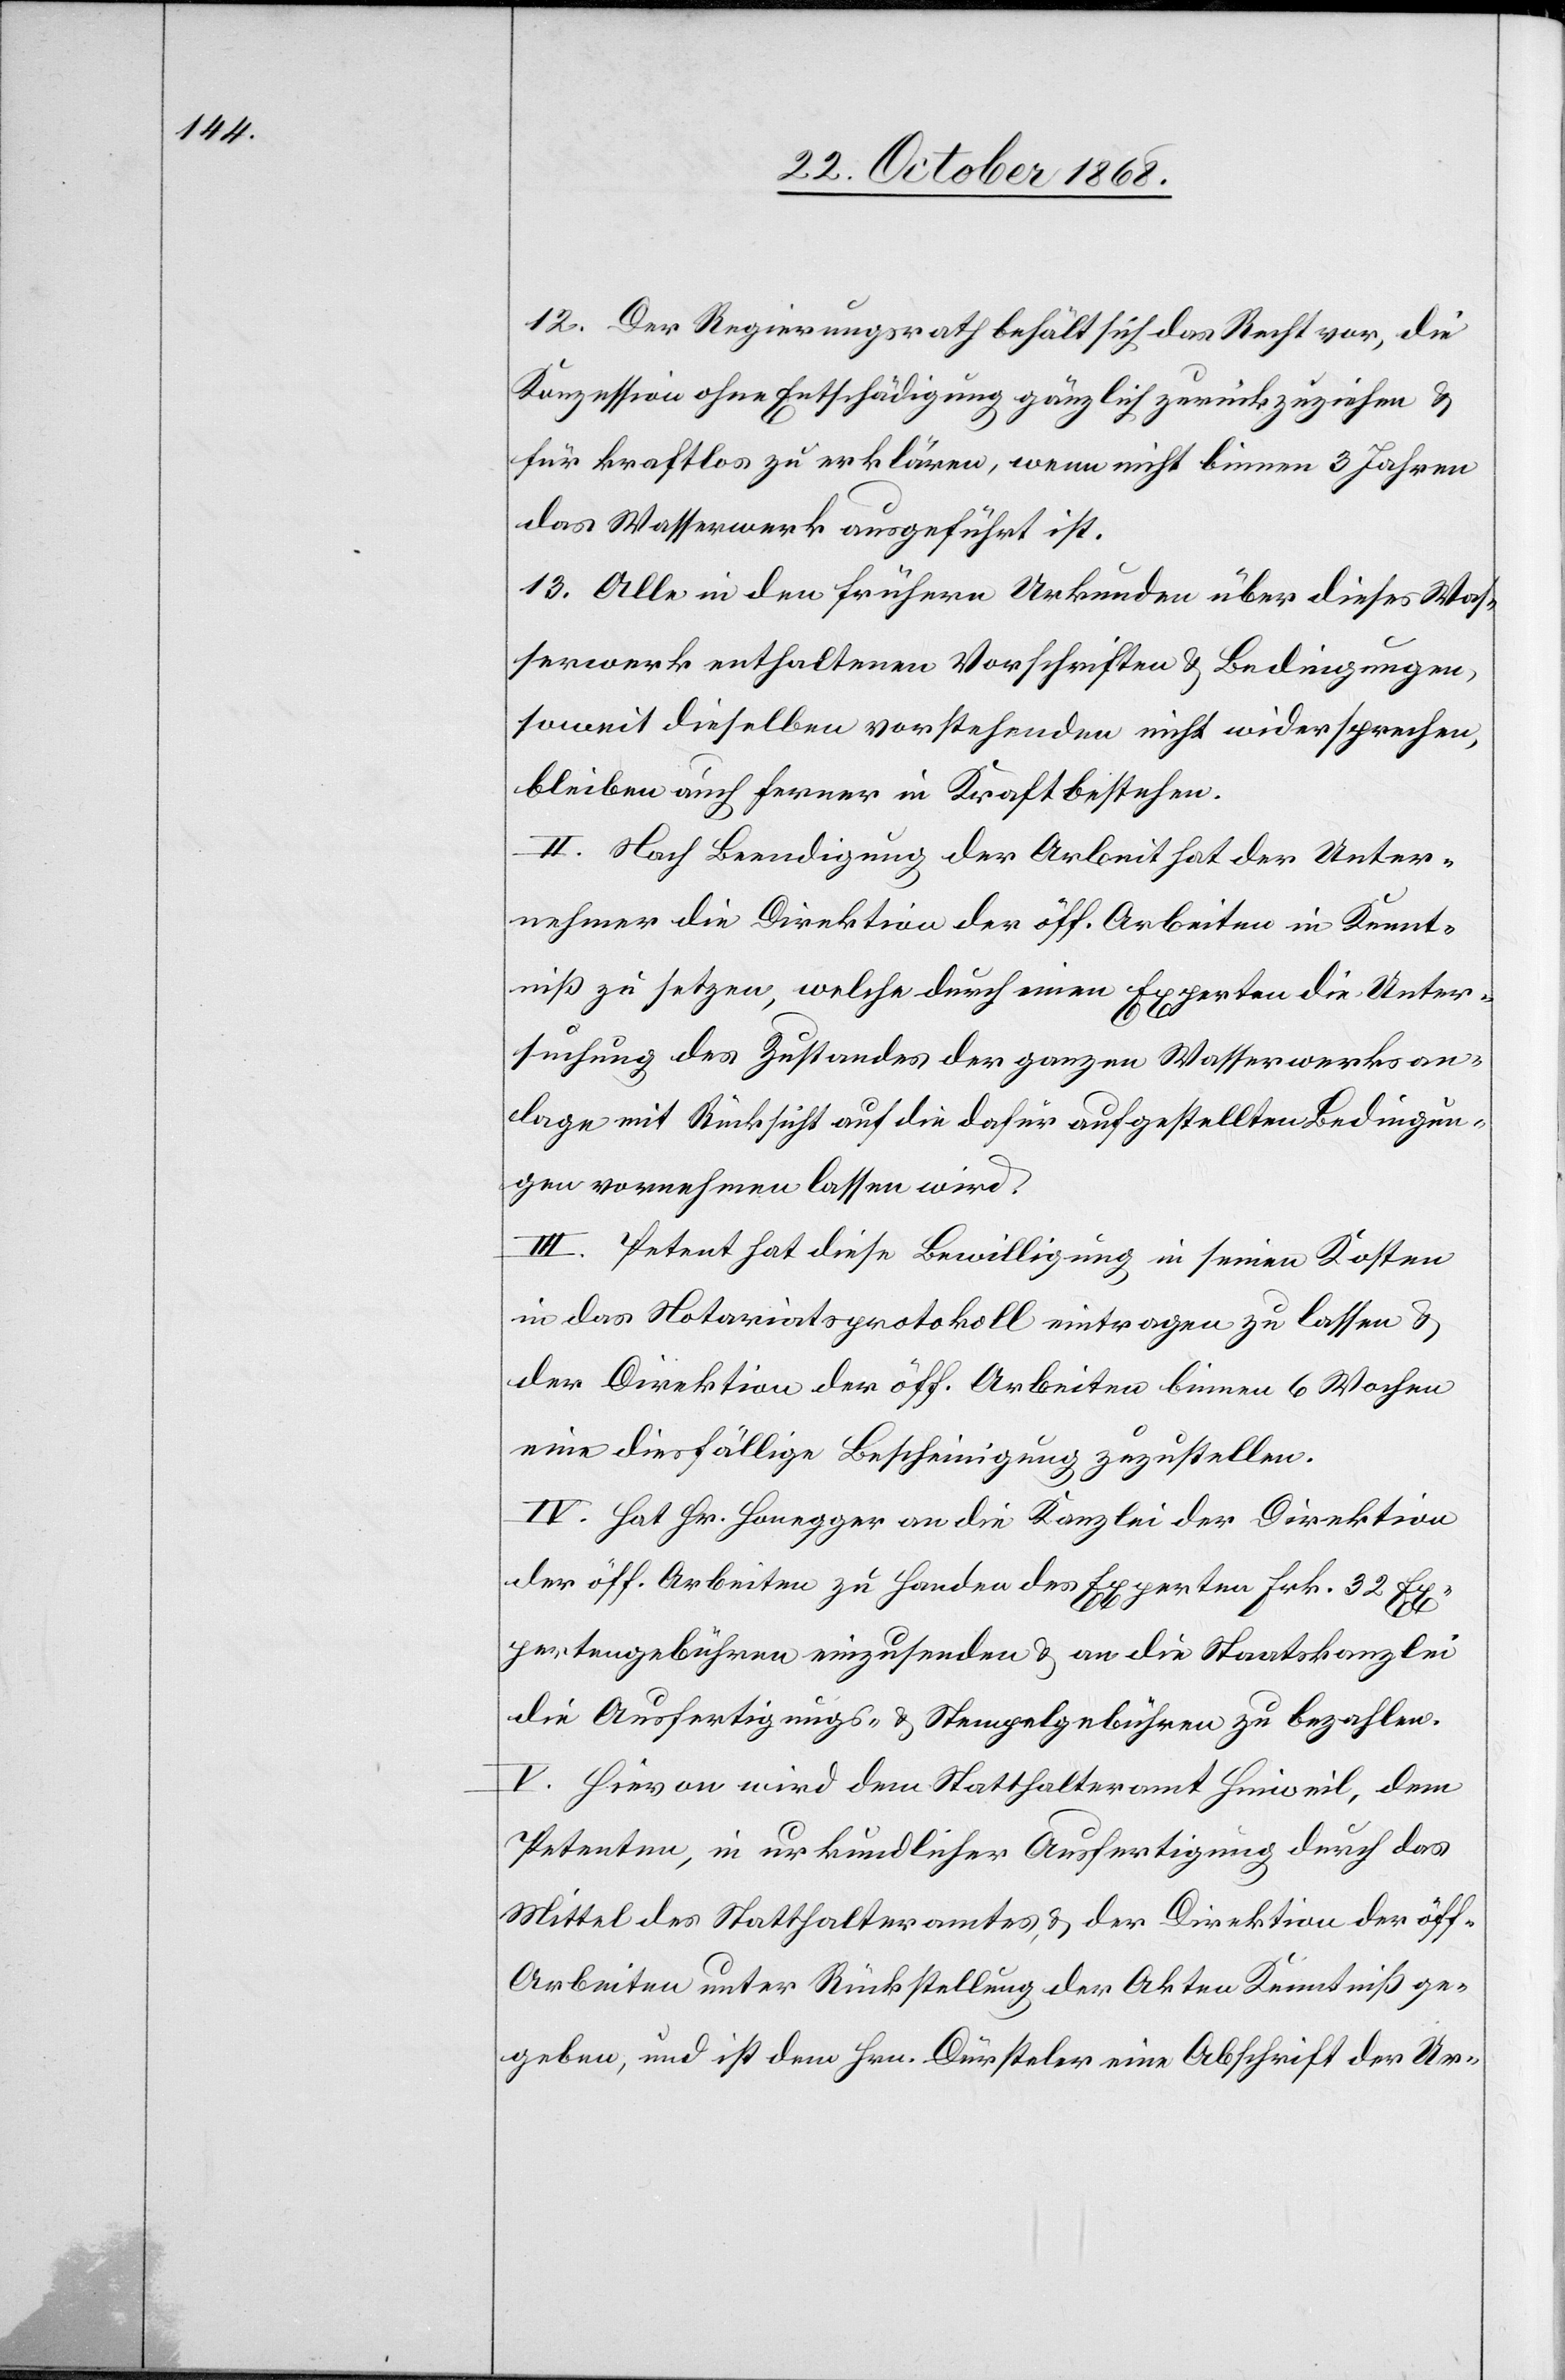
12. Der Regierungsrath behält sich das Recht vor, die
Konzession ohne Entschädigung gänzlich zurückzuziehen &
für kraftlos zu erklären, wenn nicht binnen 3 Jahren
das Wasserwerk ausgeführt ist.
13. Alle in den frühern Urkunden über dieses Was¬
serwerk enthaltenen Vorschriften & Bedingungen,
soweit dieselben vorstehenden nicht widersprechen,
bleiben auch ferner in Kraft bestehen.
II. Nach Beendigung der Arbeit hat der Unter¬
nehmer die Direktion der öff. Arbeiten in Kennt¬
niß zu setzen, welche durch einen Experten die Unter¬
suchung des Zustandes der ganzen Wasserwerksan¬
lage mit Rücksicht auf die dafür aufgestellten Bedingun¬
gen vornehmen lassen wird.
III. Petent hat diese Bewilligung in seinen Kosten
in das Notariatsprotokoll eintragen zu lassen &
der Direktion der öff. Arbeiten binnen 6 Wochen
eine diesfällige Bescheinigung zuzustellen.
IV. Hat Hr. Honegger an die Kanzlei der Direktion
der öff. Arbeiten zu Handen des Experten Frk. 32 Ex¬
pertengebühren einzusenden & an die Staatskanzlei
die Ausfertigungs- & Stempelgebühren zu bezahlen.
V. Hievon wird dem Statthalteramt Hinweil, dem
Petenten, in urkundlicher Ausfertigung durch das
Mittel des Statthalteramtes, & der Direktion der öff.
Arbeiten unter Rückstellung der Akten Kenntniß ge¬
geben, und ist dem Hrn. Dürsteler eine Abschrift der Ur-